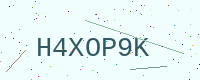
Text: H4XOP9K